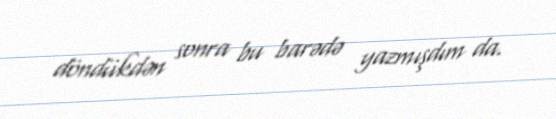
döndükdən sonra bu barədə yazmışdım da.